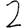
Digit: 2